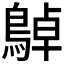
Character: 𪂱